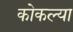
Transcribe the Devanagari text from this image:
कोकल्या